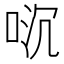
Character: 𫪌